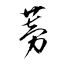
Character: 蒡